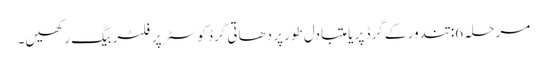
مرحلہ 6: تندور کے گرڈ پر یا متبادل طور پر دھاتی گرڈ کوسٹر پر فلٹر بیگ رکھیں۔